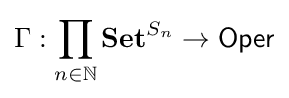
\Gamma :\prod _{n\in \mathbb {N} }\mathbf {Set} ^{S_{n}}\to {\mathsf {Oper}}